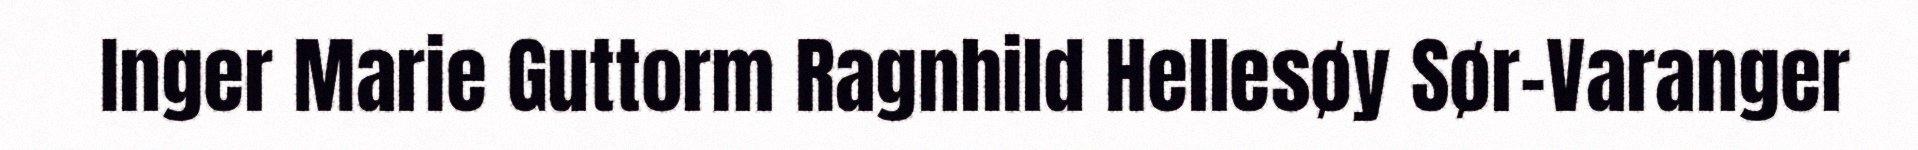
Inger Marie Guttorm Ragnhild Hellesøy Sør-Varanger